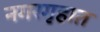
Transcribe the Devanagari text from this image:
नगरगृहात